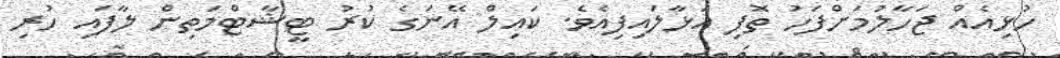
ހުޅިއެއް ޖަހާލުމަށްފަހު ތޮފި އަޅާލައިފިއެވެ. ކައިލް އޭނަގެ ކުރު ޓީޝާޓްމަތިން ލާފައި ހުރި